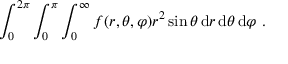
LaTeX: \int _ { 0 } ^ { 2 \pi } \int _ { 0 } ^ { \pi } \int _ { 0 } ^ { \infty } f ( r , \theta , \varphi ) r ^ { 2 } \sin \theta \, \mathrm { d } r \, \mathrm { d } \theta \, \mathrm { d } \varphi ~ .